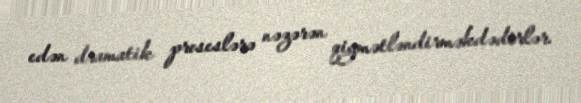
edən dramatik proseslərə nəzərən qiymətləndirməkdədirlər.